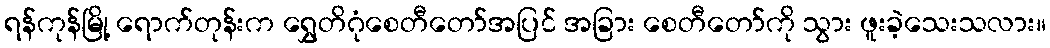
ရန်ကုန်မြို့ ရောက်တုန်းက ရွှေတိဂုံစေတီတော်အပြင် အခြား စေတီတော်ကို သွား ဖူးခဲ့သေးသလား။